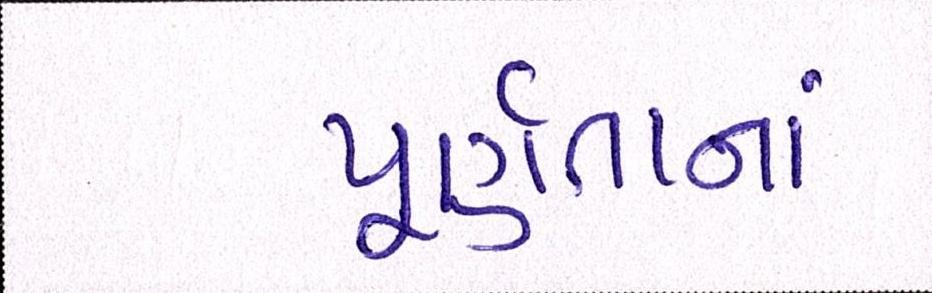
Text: પૂર્ણતાનાં